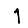
Digit: 1